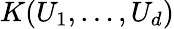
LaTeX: K(U_{1},\dots,U_{d})